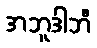
အဘူဒါဘီ